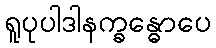
ရူပုပါဒါနက္ခန္ဓောပေ